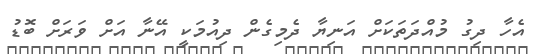
އެހާ ދިގު މުއްދަތަކަށް އަނިޔާ ދެމިގެން ދިއުމަކީ އޭނާ އަށް ވަރަށް ބޮޑު